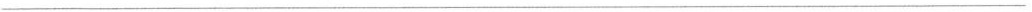
___